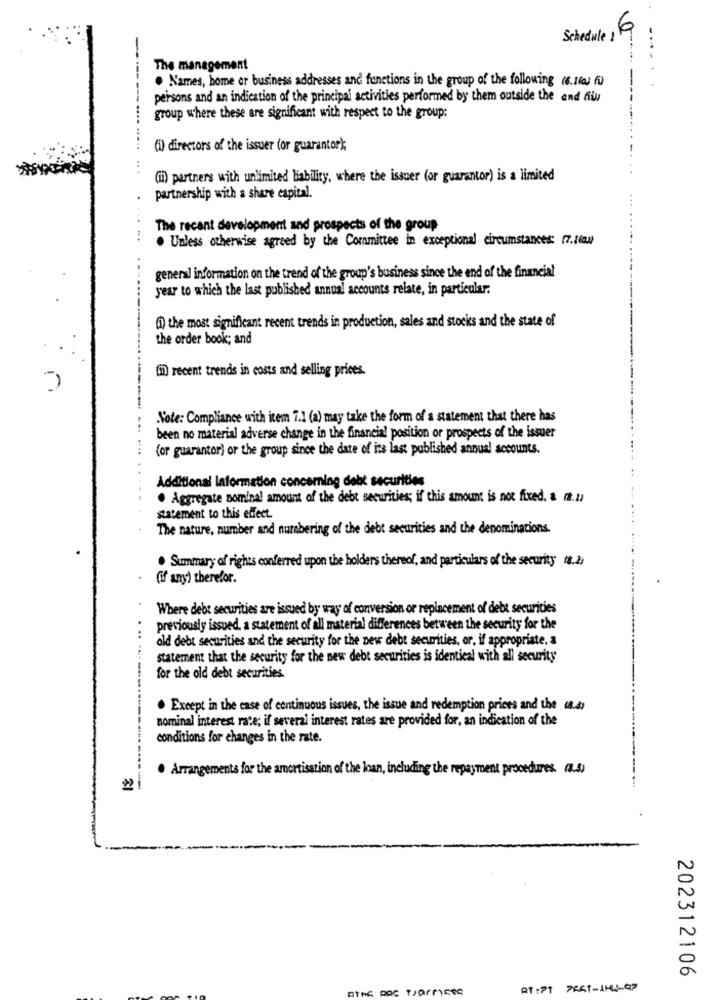
Schedule110
The management
. Names, home or business addresses and functions in the group of the following (6.16) fü)
persons and an indication of the principal activities performed by them outside the and his
group where these are significant with respect to the group:
(i) directors of the issuer (or guarantor);
...
(il) partners with unlimited liability, where the issuer (or guarantor) is a limited
partnership with a share capital.
The recant development and prospects of the group
. Unless otherwise agreed by the Committee in exceptional circumstances: [7.16QM)
general information on the trend of the group's business since the end of the financial
year to which the last published annual accounts relate, in particular:
(1) the most significant recent trends in production, sales and stocks and the state of
the order book; and
(in) recent trends in costs and selling prices.
Note: Compliance with item 7.1 (a) may take the form of a statement that there has
been no material adverse change in the financial position or prospects of the issuer
(or guarantor) or the group since the date of its last published annual accounts.
Additional Information concerning debt securities
. Aggregate nominal amount of the debt securities; if this amount is not fixed, & a.
statement to this effect.
The nature, number and numbering of the debt securities and the denominations.
. Summary of rights conferred upon the holders thereof, and particulars of the security (8.2)
(if any) therefor.
Where debt securities are issued by way of conversion or replacement of debt securities
previously issued, a statement of all material differences between the security for the
old debt securities and the security for the new debt securities, or, if appropriate. a
statement that the security for the new debt securities is identical with all security
for the old debt securities.
. Except in the case of continuous issues, the issue and redemption prices and the 68.4)
nominal interest rate; if several interest rates are provided for, an indication of the
conditions for changes in the rate.
Arrangements for the amortisation of the loan, including the repayment procedures. (8.5)
202312106
otec pas wsarricee
RT : PT PRET-1HL-GP